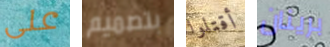
على بتصميم أقتلوا برينان